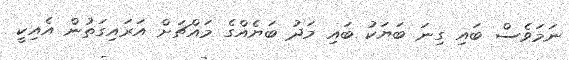
ނަމަވެސް ބައި ގިނަ ބަޔަކު ބައި މަދު ބަޔެއްގެ މައްޗަށް އަރައިގަތުން އެއިކީ